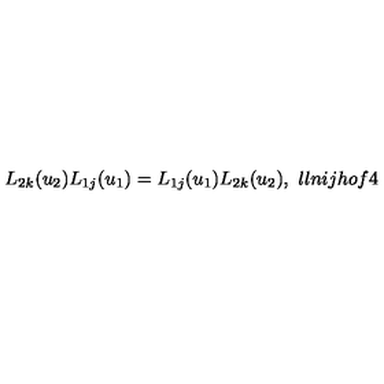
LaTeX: L _ { 2 k } ( u _ { 2 } ) L _ { 1 j } ( u _ { 1 } ) = L _ { 1 j } ( u _ { 1 } ) L _ { 2 k } ( u _ { 2 } ) , \ l l { n i j h o f 4 }